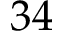
3 4